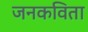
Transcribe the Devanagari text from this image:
जनकविता